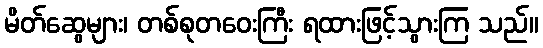
မိတ်ဆွေများ၊ တစ်စုတဝေးကြီး ရထားဖြင့်သွားကြ သည်။